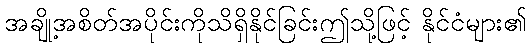
အချို့အစိတ်အပိုင်းကိုသိရှိနိုင်ခြင်းဤသို့ဖြင့် နိုင်ငံများ၏